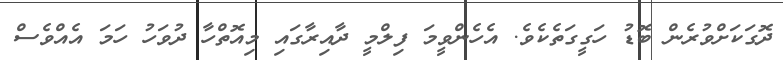
ދޮގަކަށްވުރެން ބޮޑު ހަގީގަތެކެވެ. އެހެންވީމަ ފިލްމީ ދާއިރާގައި މިއޮތްހާ ދުވަހު ހަމަ އެއްވެސް